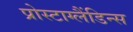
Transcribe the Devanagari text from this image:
प्रोस्टाग्लैंडिन्स